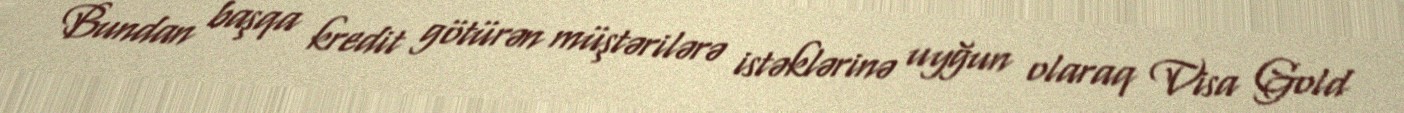
Bundan başqa kredit götürən müştərilərə istəklərinə uyğun olaraq Visa Gold